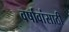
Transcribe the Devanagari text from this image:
वर्षावांसाठी